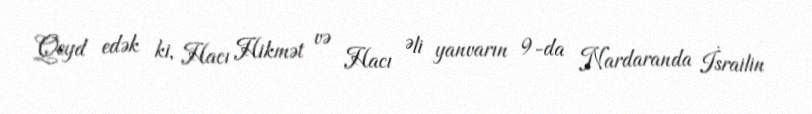
Qeyd edək ki, Hacı Hikmət və Hacı Əli yanvarın 9-da Nardaranda İsrailin